Report on sanitation, dispensaries, and jails in Rajputana for 1921, and on vaccination for the year 1921-1922 - 1921-1922
Year: 1921
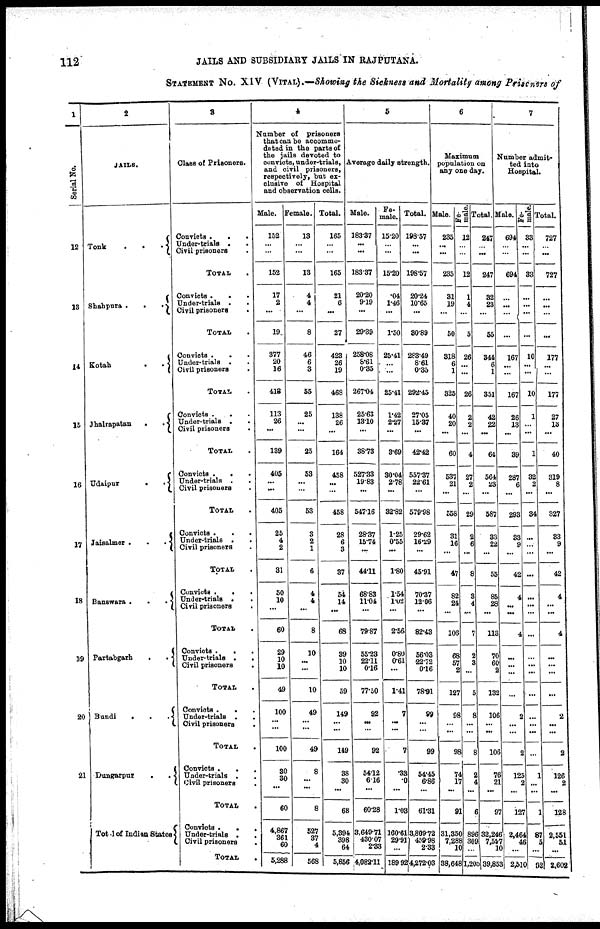
112
JAILS AND SUBSIDIARY JAILS IN RAJPUTANA.
STATEMENT NO. XIV (VITAL).—Showing the Sickness and Mortality among Prisoners of
1
Serial No.
12
13
14
15
16
17
18
19
20
21
2
JAILS.
Tonk
...
Shahpura
...
Kotah
..
Jhalrapatan
..
Udaipur
..
Jaisalmer
...
Banswara
...
Partabgarh
..
Bundi
...
Dungarpur
...
Tot.1 of Indian States
3
Class of Prisoners.
Convicts
...
Under-trials ..
Civil prisoners .
TOTAL.
Convicts
...
Under-trials ..
Civil prisoners
.
TOTAL .
Convicts
..
Under-trials ..
Civil prisoners .
TOTAL .
Convicts
..
Under-trials ..
Civil prisoners .
TOTAL.
Convicts
..
Under-trials
..
Civil prisoners .
TOTAL .
Convicts...
Under-trials
..
Civil prisoners .
TOTAL .
Convicts
...
Under-trials
..
Civil prisoners
.
TOTAL .
Convicts
...
Under-trials
..
Civil prisoners .
TOTAL .
Convicts
...
Under-trials
..
Civil prisoners .
TOTAL .
Convicts
...
Under-trials ..
Civil prisoners.
TOTAL .
Convicts
...
Under-trials
..
Civil prisoners
.
TOTAL .
4
Number of prisoners
that can be accommo-
dated in the parts of
the jails devoted to
convicts, under-trials,
and civil prisoners,
respectively, but ex-
clusive of Hospital
and observation cells.
Male.
152
...
...
152
17
2
...
19
377
20
16
413
113
26
...
139
405
...
...
405
25
4
2
31
50
10
...
60
29
10
10
49
100
...
...
100
30
30
...
60
4,867
361
60
5,288
Female.
13
...
...
13
4
4
...
8
46
6
3
55
25
...
...
25
53
...
...
53
3
2
1
6
4
4
...
8
10
...
...
10
49
... ...
49
8
...
...
8
527
37
4
568
Total.
165
...
...
165
21
6
...
27
423
26
19
468
138
26
...
164
458
...
...
458
28
6
3
37
54
14
...
68
39
10
10
59
149
... ...
149
38
30
...
68
5,394
398
64
5,856
5
Average daily strength.
Male.
183.37
...
...
183.37
20.20
9.19
...
29.39
258.08
8.61
0.35
267.04
25.63
13.10
...
38.73
527.33
19.83
...
547.16
28.37
15.74
...
44.11
68.83
11.04
...
79.87
55.23
22.11
0.16
77.50
92
... ...
92
54.12
6.16
...
60.28
3,649.71
430.07
2.33
4,082.11
Fe-
male.
15.20
...
...
15.20
.04
1.46
...
1.50
25.41
...
...
25.41
1.42
2.27
...
3.69
30.04
2.78
...
32.82
1.25
0.55
...
1.80
1.54
1.02
...
2.56
0.80
0.61
...
1.41
7
... ...
7
.33
.0
...
1.03
160.61
29.91
...
189.92
Total.
188.57
...
...
198.57
20.24
10.65
...
30.89
283.49
8.61
0.35
292.45
27.05
15.37
...
42.42
557.37
22.61
...
579.98
29.62
16.29
...
45.91
70.37
12.06
...
82.43
56.03
22.72
0.16
78.91
99
...
...
99
54.45
6.86
...
61.31
3,809.72
459.98
2.38
4,272.03
6
Maximum
population on
any one day.
Male.
235
...
...
235
31
19
...
50
318
6
1
325
40
20
...
60
537
21
...
558
31
16
...
47
82
24 ...
106
68
57
2
127
98
...
...
98
74
17
...
91
31,350
7,288
10
38,648
Fe-
male.
12
...
...
12
1
4
...
5
26
...
...
26
2
2
...
4
27
2
...
29
2
6
...
8
3
4 ...
7
2
3
...
5
8
...
...
8
2
4
...
6
896
309
...
l,200
Total.
247
...
...
247
32
23
...
55
344
6
1
351
42
22
...
64
564
23
...
587
33
22
...
55
85
28
...
113
70
60
2
132
106
...
...
106
76
21
...
97
32,246
7,597
10
39,853
7
Number admit-
ted into
Hospital.
Male.
694
...
...
694
...
...
...
...
167
...
...
167
26
13
...
39
287
6
...
293
33
9
...
42
4
...
...
4
...
...
...
...
2
...
...
2
125
2
...
127
2,246
46
...
2,510
Fe-
male.
33
...
...
33
...
...
...
...
10
...
...
10
1
...
...
1
32
2
...
34
...
...
...
...
...
...
...
...
...
...
...
...
...
...
...
...
1
...
...
1
87
5
...
92
Total.
727
...
...
727
...
...
...
...
177
...
...
177
27
13
...
40
319
8
...
327
33
9
...
42
4
...
...
4
...
...
...
...
2
...
...
2
126
2
...
128
2,551
51
...
2,602